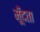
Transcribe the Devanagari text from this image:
मूँदता